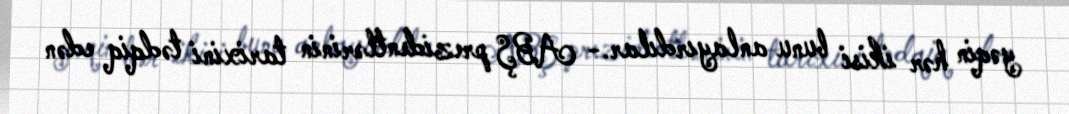
yəqin hər ikisi bunu anlayırdılar.- ABŞ prezidentlərinin tarixini tədqiq edən